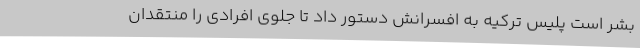
بشر است پلیس ترکیه به افسرانش دستور داد تا جلوی افرادی را منتقدان